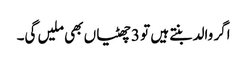
اگر والد بنتے ہیں تو 3 چھٹیاں بھی ملیں گی۔